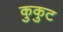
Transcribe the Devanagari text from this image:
कुकुट